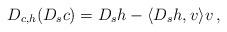
LaTeX: \begin{align*}D_{c,h} (D_s c) = D_s h - \langle D_s h, v \rangle v\,,\end{align*}